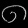
Digit: ၈